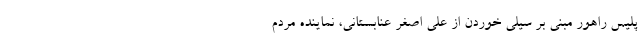
پلیس راهور مبنی بر سیلی خوردن از علی اصغر عنابستانی، نماینده مردم